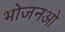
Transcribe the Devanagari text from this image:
भोजनओ